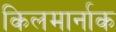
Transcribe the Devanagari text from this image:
किलमार्नाक